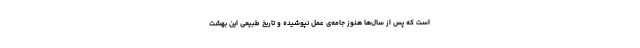
است که پس از سال‌ها هنوز جامه‌ی عمل نپوشیده و تاریخ طبیعی این بهشت